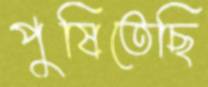
পুষিতেছি